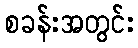
စခန်းအတွင်း